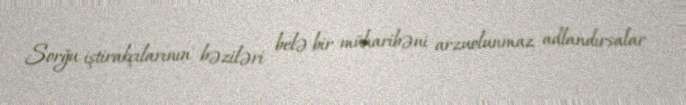
Sorğu iştirakçılarının bəziləri belə bir müharibəni arzuolunmaz adlandırsalar